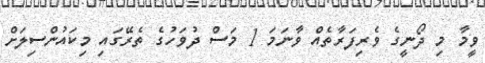
ވީމާ މި ދޯނީގެ ވެރިފަރާތެއް ވާނަމަ 1 މަސް ދުވަހުގެ ތެރޭގައި މިކައުންސިލަށް